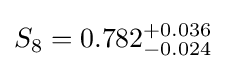
S_{8}=0.782_{-0.024}^{+0.036}